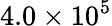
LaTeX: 4.0\times 10^{5}